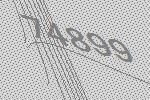
74899